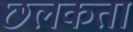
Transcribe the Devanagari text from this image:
छलकता